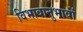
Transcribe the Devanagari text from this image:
विभावानुभावों